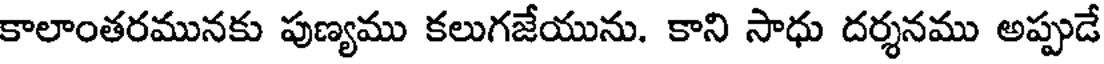
కాలాంతరమునకు పుణ్యము కలుగజేయును. కాని సాధు దర్శనము అప్పుడే